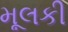
મૂલકી